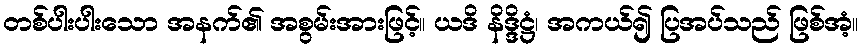
တစ်ပါးပါးသော အနက်၏ အစွမ်းအားဖြင့်။ ယဒိ နိဒ္ဒိဋ္ဌံ၊ အကယ်၍ ပြအပ်သည် ဖြစ်အံ့။